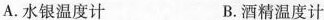
A.水银温度计 B.酒精温度计